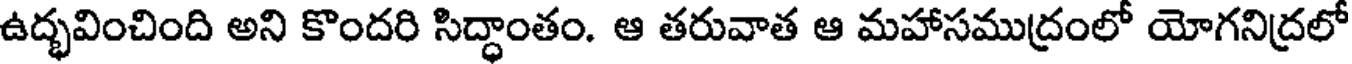
ఉద్భవించింది అని కొందరి సిద్ధాంతం. ఆ తరువాత ఆ మహాసముద్రంలో యోగనిద్రలో